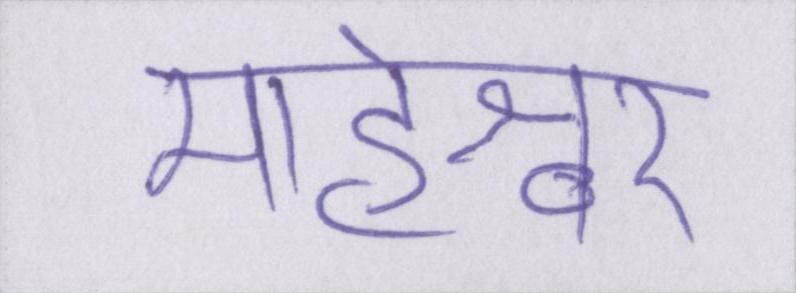
माहेश्वर